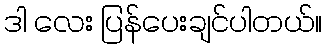
ဒါ လေး ပြန်ပေးချင်ပါတယ်။